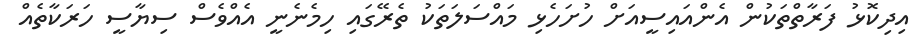
އިދިކޮޅު ފަރާތްތަކުން އެންއައިސީއަށް ހުށަހެޅި މައްސަލަތަކު ތެރޭގައި ހިމެނެނީ އެއްވެސް ސިޔާސީ ހަރަކާތެއް